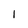
Character: 1